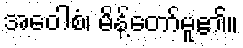
အဝေါစံ၊ မိန့်တော်မူ၏။